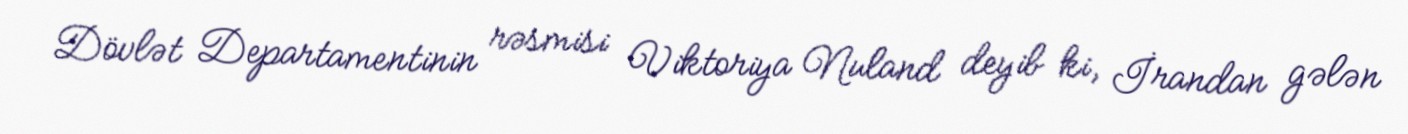
Dövlət Departamentinin rəsmisi Viktoriya Nuland deyib ki, İrandan gələn